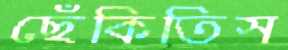
ছেঁকিতিস